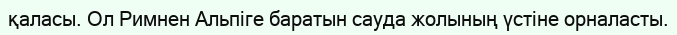
қаласы. Ол Римнен Альпіге баратын сауда жолының үстіне орналасты.